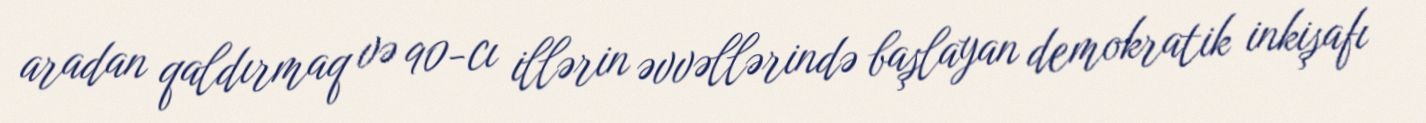
aradan qaldırmaq və 90-cı illərin əvvəllərində başlayan demokratik inkişafı